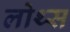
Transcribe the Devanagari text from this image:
लोथ्स